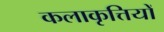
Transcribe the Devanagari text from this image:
कलाकृत्तियों